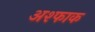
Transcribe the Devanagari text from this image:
अश्फाक